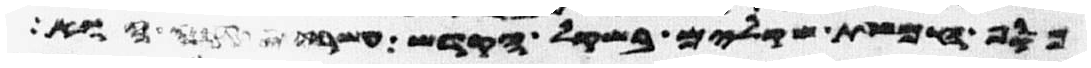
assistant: כסף חמשת שקלים בשקל הקדש עשרים גרה הוא